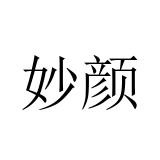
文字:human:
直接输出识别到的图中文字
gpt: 妙颜